Standardisation of Calmette's anti-venomous serum with pure cobra venom - Number 1
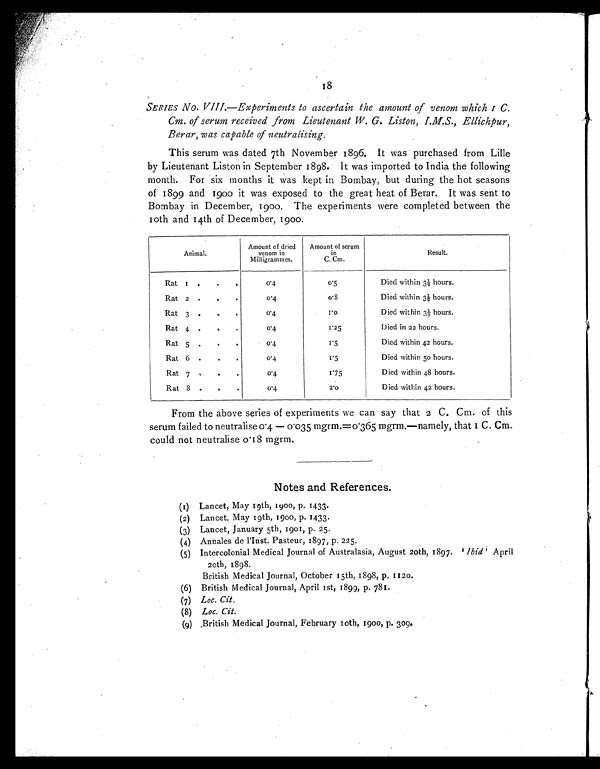
SERIES No. VIII.—Experiments to ascertain the amount of venom which 1 C.
Cm. of serum received from Lieutenant W. G. Liston, I.M.S., Ellichpur,
Berar, was capable of neutralising.
This serum was dated 7th November 1896. It was purchased from Lille
by Lieutenant Liston in September 1898. It was imported to India the following
month. For six months it was kept in Bombay, but during the hot seasons
of 1899 and 1900 it was exposed to the great heat of Berar. It was sent to
Bombay in December, 1900. The experiments were completed between the
10th and 14th of December, 1900.
Animal.
Amount of dried
venom in
Milligrammes.
Amount of serum
in
C. Cm.
Result.
0.4
0 . 5 Died within 3 ½ hours.
Rat
1 . . .
Rat 2
. . .
0.4
0 . 8 Died within 3 ½ hours.
Rat 3
. . .
0 . 4
1 . 0 Died within 3 ½ hours.
Rat 4
. . .
0 . 4
1 . 2 5 Died in 22 hours.
Rat 5
. . .
0 . 4
1 . 5 Died within 42 hours.
Rat 6
. . .
0 . 4
1 . 5 Died within 50 hours.
Rat 7
. . .
0 . 4
1 . 7 5 Died within 48 hours.
Rat
8 . . .
0 . 4
2 . 0
Died within 42 hours.
From the above series of experiments we can say that 2 C. Cm. of this
serum failed to neutralise 0.4 0.035 mgrm.—namely, that 1 C. Cm.
could not neutralise 0.18 mgrm.
Notes and References.
(1) Lancet, May 19th, 1900, p. 1433.
(2) Lancet, May 19th, 1900, p. 1433.
(3) Lancet, January 5th, 1901, p. 25.
(4) Annales de l.Inst. Pasteur, 1897, p. 225.
(5) Intercolonial Medical Journal of Australasia, August 20th, 1897. .lbid . April
20th, 1898.
British Medical Journal, October 15th, 1898, p. 1120.
(6) British Medical Journal, April 1st, 1899, p. 781.
( 7 )L
o c . C i t .
( 8 )L
o c . C i t .
(9) British Medical Journal, February 10th, 1900, p. 309.